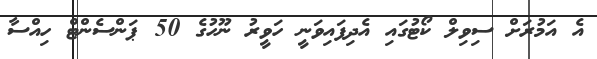
އެ އަމުރަށް ސިވިލް ކޯޓުގައި އެދިފައިވަނީ ހަވީރު ނޫހުގެ 50 ޕަންސެންޓް ހިއްސާ